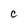
Character: C